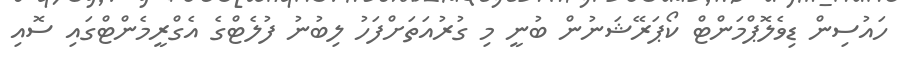
ހައުސިން ޑިވެލޮޕްމަންޓް ކޯޕަރޭޝަނުން ބުނީ މި ގުރުއަތަށްފަހު ލިބުނު ފުލެޓްގެ އެގްރީމެންޓްގައި ސޮއި